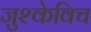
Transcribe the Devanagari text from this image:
जुश्केविच